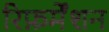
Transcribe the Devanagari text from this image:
रिफ़र्मेंशन